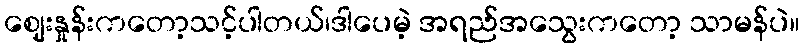
ဈေးနှုန်းကတော့သင့်ပါတယ်၊ဒါပေမဲ့ အရည်အသွေးကတော့ သာမန်ပဲ။